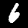
Digit: 6